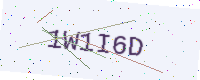
Text: 1W1I6D